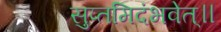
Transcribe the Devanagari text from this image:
सुप्तमिदंभवेत्॥